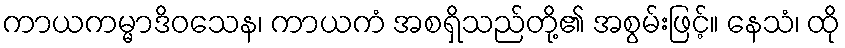
ကာယကမ္မာဒိဝသေန၊ ကာယကံ အစရှိသည်တို့၏ အစွမ်းဖြင့်။ နေသံ၊ ထို